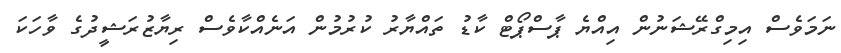
ނަމަވެސް އިމިގްރޭޝަނުން އިއްޔެ ޕާސްޕޯޓް ކާޑު ތައްޔާރު ކުރުމުން އަނެއްކާވެސް ރިޔާޒުރަޝީދުގެ ވާހަކަ